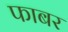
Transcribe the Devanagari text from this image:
फाबर